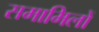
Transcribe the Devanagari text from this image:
समामिलों